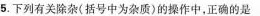
5.下列有关除杂(括号中为杂质)的操作中，正确的是